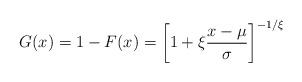
LaTeX: \begin{align*}G(x) = 1- F(x) = \left[ 1+ \xi \frac{x-\mu}{\sigma}\right]^{- 1/\xi}\end{align*}